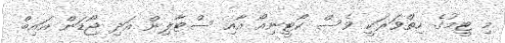
މި ޓީމުގެ ހިތްވަރަކީ ވެސް ކޯޓީނިއޯ އާއި ސްޓާލިން އަދި ޖޯޑަން އައިބް